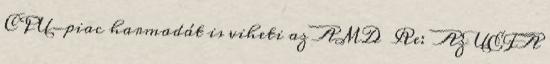
CPU-piac harmadát is viheti az AMD Re: Az UEFA